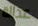
عدالة